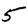
Digit: 5